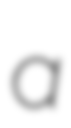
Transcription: a